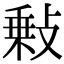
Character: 𢾦